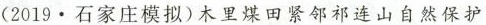
(2019·石家庄模拟)木里煤田紧邻祁连山自然保护